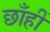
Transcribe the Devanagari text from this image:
छाँहीं